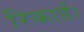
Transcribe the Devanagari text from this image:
रिकार्ड।